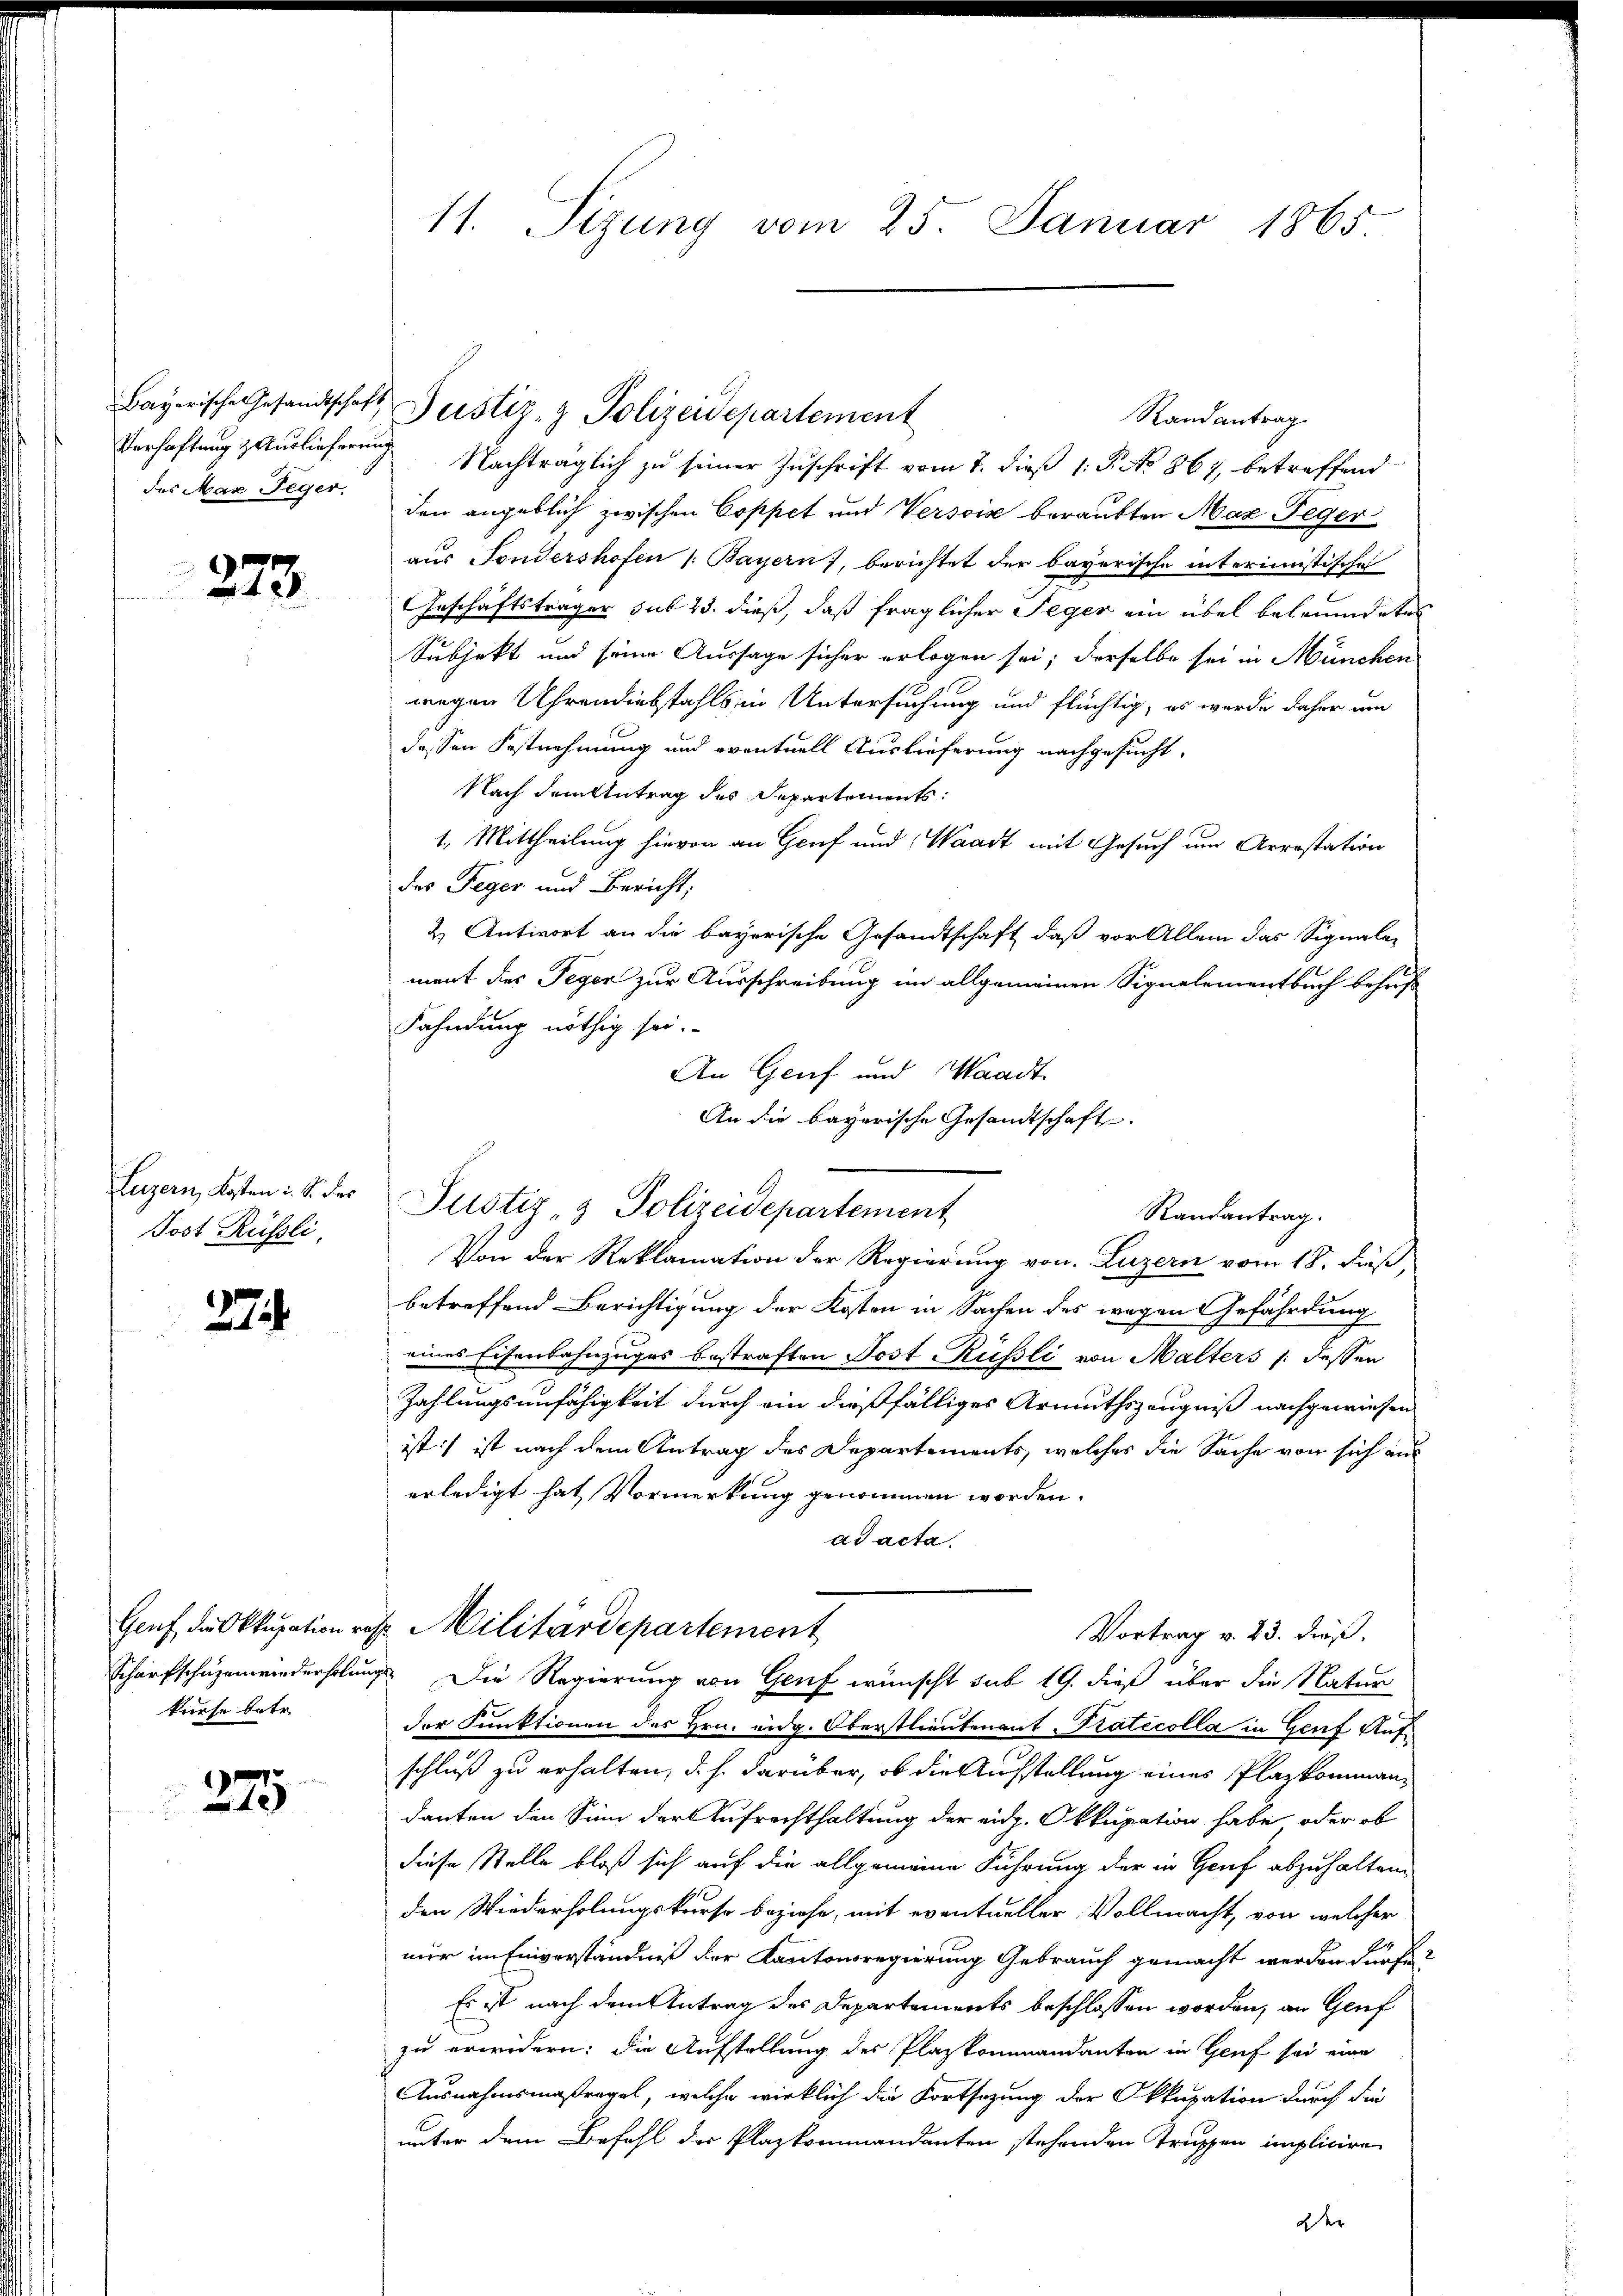
des Max Teger,

273.

Luzern, Kosten : S. Fro
Post Rüssli,

274

kurse betr.

275

Randantrag
Verhaftung & Auslieferung Nachträglich zu seiner Zuschrift vom 7. dieß 1: P. No. 867, betreffend
den angeblich zwischen Coppet und Versis beraubten Max Peger
aus Fondershofen /: Bayern), berichtet der bayerische interimistische
GGeschäftsträger sub 23. dieß, daß fraglicher Seger ein übel beleumdetes
Subjekt und seine Aussage sicher erlegen sei; derselbe sei in München
wegen Uhrendiebstahls in Untersuchung und flüchtig, es werde daher um
dessen Festnehmung und eventuell Auslieferung nachgesucht.
Nach dem Antrag des Departements:
1. Mittheilung hievon an Genf und Waadt mit Gesuch um Arrestation
des Teger und Bericht;
2. Antwort an die bayerische Gesandtschaft, daß vor Allem das Signale-
ment des Teger zur Ausschreibung im allgemeinen Signelementbuch behaft
Fahndung nöthig sei.
An Genf und Waadt
Von der Reklamation der Regierung von Luzern vom 18. dieß,
betreffend Berichtigung der Kosten in Sachen des wegen Gefährdung
eines Eisenbahnzuges bestraften Post Russli von Malters /: dessen
Zahlungsunfähigkeit durch ein dießfälliges Armuthszeugniß nachgewiesen
ist:/ ist nach dem Antrag des Departements, welches die Sache von sich aus
erledigt hat Vormerkung genommen worden.
ad acta.
Genf der Okkupation res Militärdepartement
Vortrag v. 23. dieß.
Scharfschüzenwiederholungs. Die Regierung von Genf wünscht sub 19. dieß über die Natur
der Funktionen des Hrn. eidg. Oberstlieutenant Katecolla in Genf Aufschluß zu erhalten, d. h. darüber, ob die Aufstellung eines Plazkommandanten den Sinn der Aufrechthaltung der eidg. Okkupation habe oder ob
diese Stelle bloß sich auf die allgemeine Führung der in Genf abzuhalten.
den Wiederholungskurse beziehe, mit eventueller Vollmacht, von welcher
nur im Einverständniß der Kantonsregierung Gebrauch gemacht werden dürfe
Es ist nach dem Antrag des Departements beschlossen worden, an Genf
zu erwidern: die Aufstellung des Plazkommandanten in Genf sei eine
Ausnahmsmaßregel, welche wirklich die Fortsetzung der Okkupation durch die
unter dem Befehl der Plazkommandanten stehenden Truppen implicire
oder

11. Sizung vom 25. Januar 1865

Bayerische Gesandtschaft Zustiz- & Polizeidepartement

An die bayerische Gesandtschaft.
Justiz- & Polizeidepartement
Randantrag.